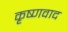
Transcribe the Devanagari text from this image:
कृष्णवाद